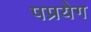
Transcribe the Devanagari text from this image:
पप्रयेग